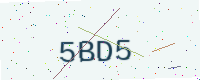
Text: 5BD5